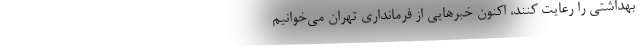
بهداشتی را رعایت کنند، اکنون خبرهایی از فرمانداری تهران می‌خوانیم